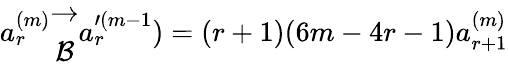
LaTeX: a_{r}^{(m)}\begin{array}{c}{{\to}}\\ {{{\cal B}}}\end{array}a_{r}^{\prime(m-1})=(r+1)(6m-4r-1)a_{r+1}^{(m)}